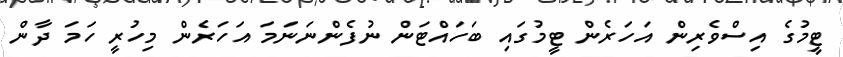
ޓީމުގެ އިސްވެރިން އަހަރެން ޓީމުގައި ބަހައްޓަން ނުފެންނަނަމަ އަހަރެން މިހުރީ ހަމަ ދާން